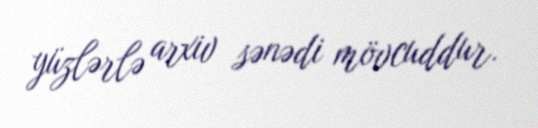
yüzlərlə arxiv sənədi mövcuddur.